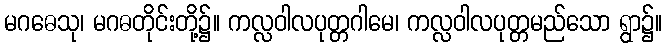
မဂဓေသု၊ မဂဓတိုင်းတို့၌။ ကလ္လဝါလပုတ္တဂါမေ၊ ကလ္လဝါလပုတ္တမည်သော ရွာ၌။